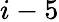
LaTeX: i-5